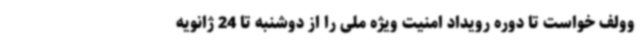
وولف خواست تا دوره رویداد امنیت ویژه ملی را از دوشنبه تا 24 ژانویه